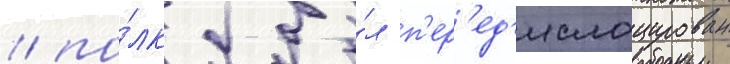
/ по́лк бы́л п'ер'ед'ислоцирован